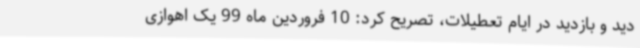
دید و بازدید در ایام تعطیلات، تصریح کرد: 10 فروردین ماه 99 یک اهوازی